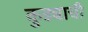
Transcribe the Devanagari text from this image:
कुड्याची